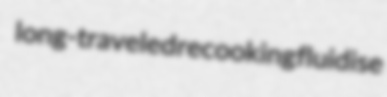
long-traveled recooking fluidise